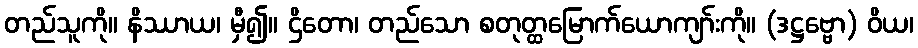
တည်သူကို။ နိဿာယ၊ မှီ၍။ ဌိတော၊ တည်သော စတုတ္ထမြောက်ယောကျာ်းကို။ (ဒဋ္ဌဗ္ဗော) ဝိယ၊